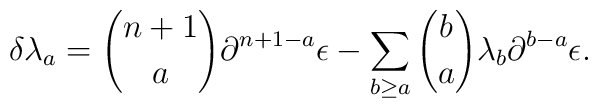
\delta \lambda_a= {n+1 \choose a} \partial^{n+1-a} \epsilon-\sum_{b\geq a} {b \choose a} \lambda_b\partial^{b-a}\epsilon.